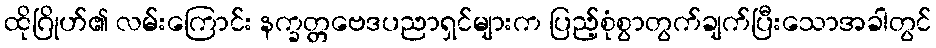
ထိုဂြိုဟ်၏ လမ်းကြောင်း နက္ခတ္တဗေဒပညာရှင်များက ပြည့်စုံစွာတွက်ချက်ပြီးသောအခါတွင်